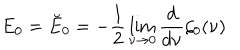
E _ { 0 } = \breve { E } _ { 0 } = - \frac 1 2 \lim _ { \nu \rightarrow 0 } { \frac { d } { d \nu } } \zeta _ { 0 } ( \nu )